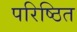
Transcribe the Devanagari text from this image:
परिष्ठित